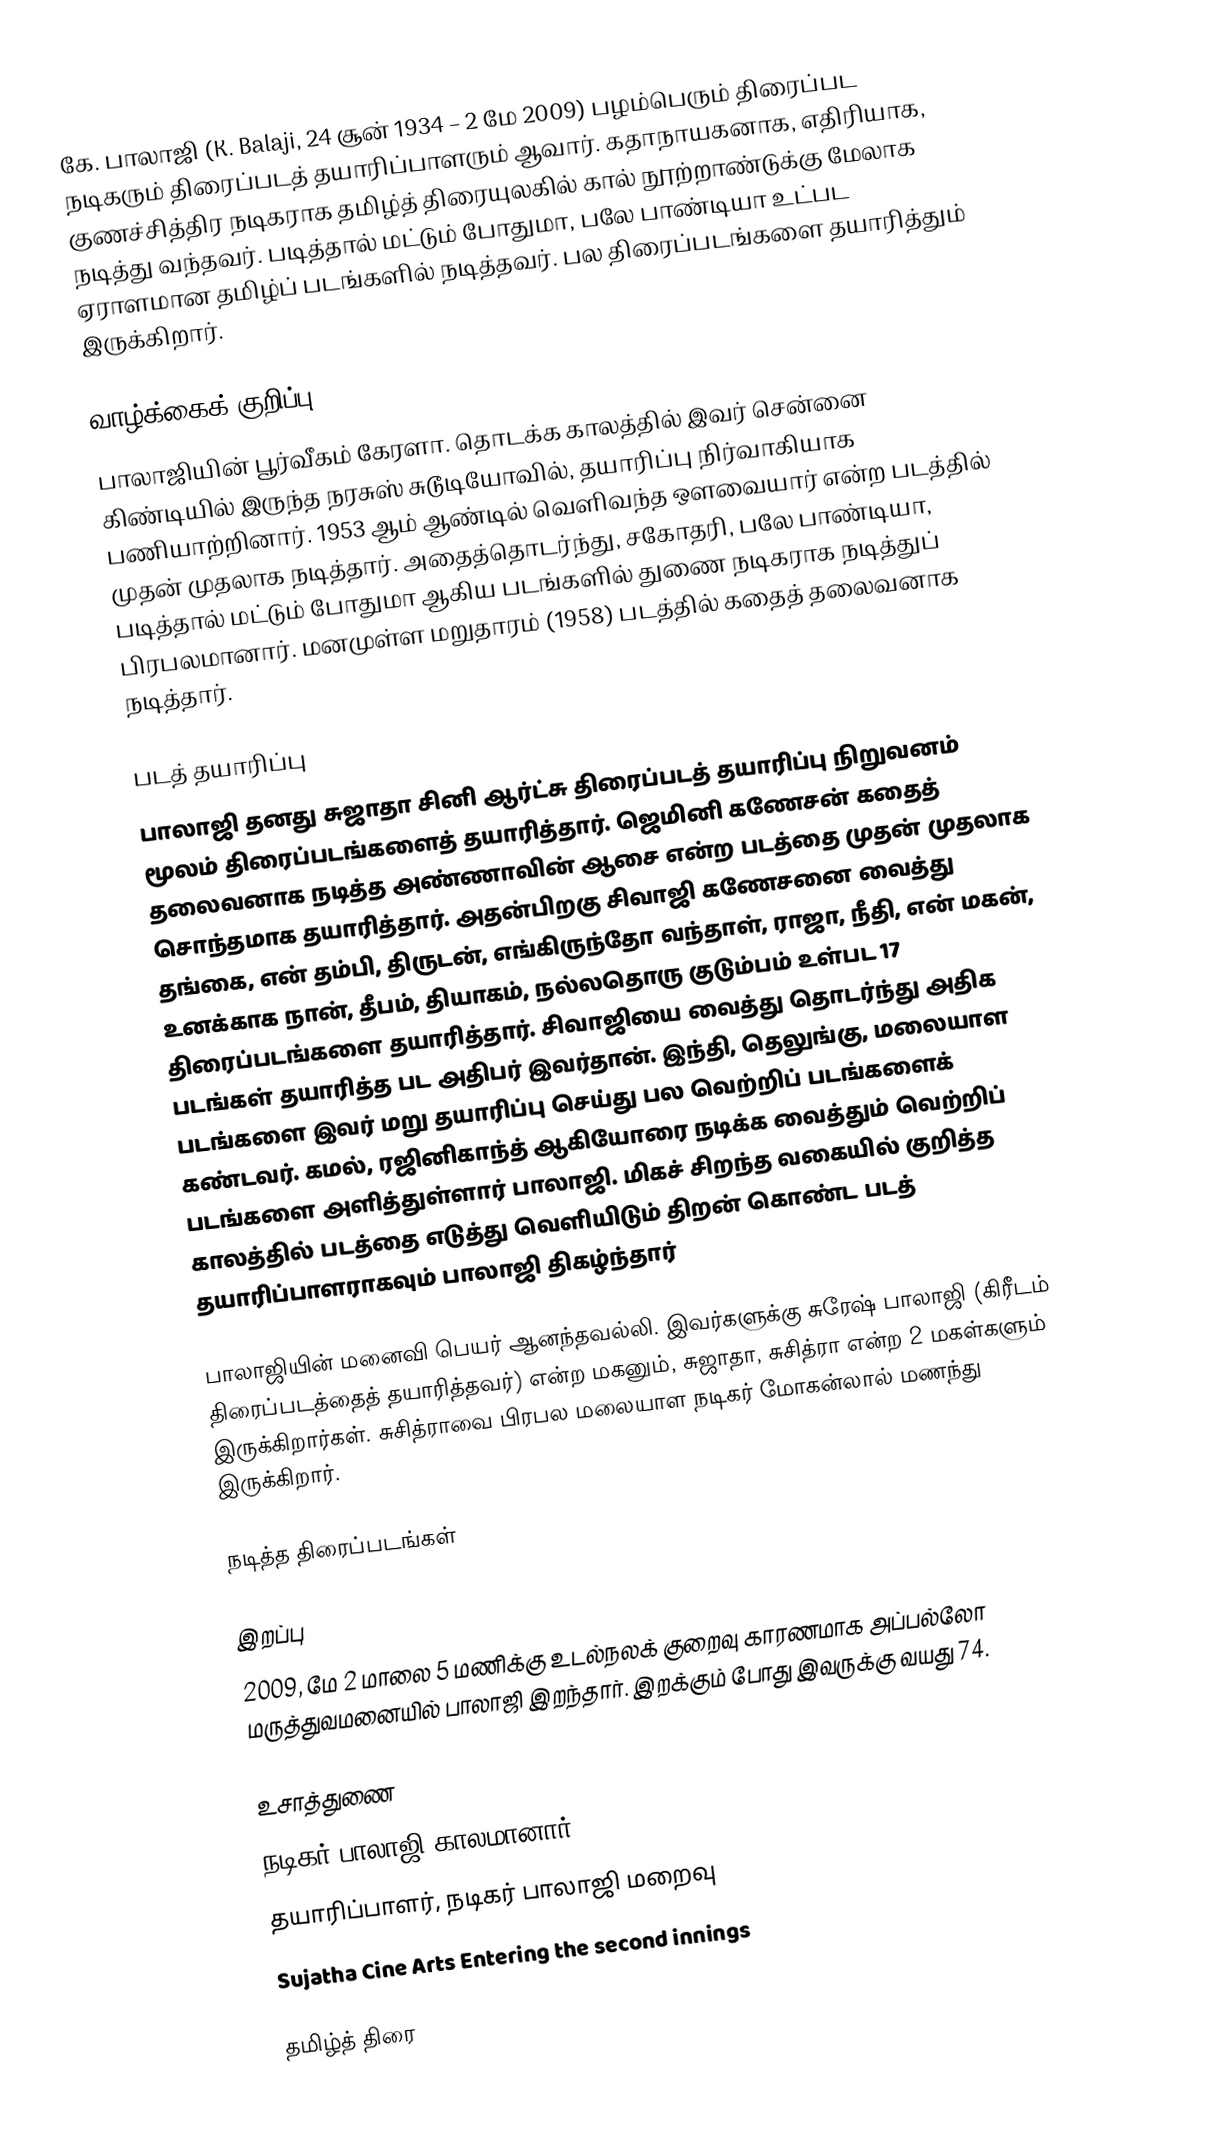
கே. பாலாஜி (K. Balaji, 24 சூன் 1934 – 2 மே 2009) பழம்பெரும் திரைப்பட நடிகரும் திரைப்படத் தயாரிப்பாளரும் ஆவார். கதாநாயகனாக, எதிரியாக, குணச்சித்திர நடிகராக தமிழ்த் திரையுலகில் கால் நூற்றாண்டுக்கு மேலாக நடித்து வந்தவர். படித்தால் மட்டும் போதுமா, பலே பாண்டியா உட்பட ஏராளமான தமிழ்ப் படங்களில் நடித்தவர். பல திரைப்படங்களை தயாரித்தும் இருக்கிறார்.

வாழ்க்கைக் குறிப்பு
பாலாஜியின் பூர்வீகம் கேரளா. தொடக்க காலத்தில் இவர் சென்னை கிண்டியில் இருந்த நரசுஸ் சுடூடியோவில், தயாரிப்பு நிர்வாகியாக பணியாற்றினார். 1953 ஆம் ஆண்டில் வெளிவந்த ஔவையார் என்ற படத்தில் முதன் முதலாக நடித்தார். அதைத்தொடர்ந்து, சகோதரி, பலே பாண்டியா, படித்தால் மட்டும் போதுமா ஆகிய படங்களில் துணை நடிகராக நடித்துப் பிரபலமானார். மனமுள்ள மறுதாரம் (1958) படத்தில் கதைத் தலைவனாக நடித்தார்.

படத் தயாரிப்பு
பாலாஜி தனது சுஜாதா சினி ஆர்ட்சு திரைப்படத் தயாரிப்பு நிறுவனம் மூலம் திரைப்படங்களைத் தயாரித்தார். ஜெமினி கணேசன் கதைத் தலைவனாக நடித்த அண்ணாவின் ஆசை என்ற படத்தை முதன் முதலாக சொந்தமாக தயாரித்தார். அதன்பிறகு சிவாஜி கணேசனை வைத்து தங்கை, என் தம்பி, திருடன், எங்கிருந்தோ வந்தாள், ராஜா, நீதி, என் மகன், உனக்காக நான், தீபம், தியாகம், நல்லதொரு குடும்பம் உள்பட 17 திரைப்படங்களை தயாரித்தார். சிவாஜியை வைத்து தொடர்ந்து அதிக படங்கள் தயாரித்த பட அதிபர் இவர்தான். இந்தி, தெலுங்கு, மலையாள படங்களை இவர் மறு தயாரிப்பு செய்து பல வெற்றிப் படங்களைக் கண்டவர். கமல், ரஜினிகாந்த் ஆகியோரை நடிக்க வைத்தும் வெற்றிப் படங்களை அளித்துள்ளார் பாலாஜி. மிகச் சிறந்த வகையில் குறித்த காலத்தில் படத்தை எடுத்து வெளியிடும் திறன் கொண்ட படத் தயாரிப்பாளராகவும் பாலாஜி திகழ்ந்தார்

பாலாஜியின் மனைவி பெயர் ஆனந்தவல்லி. இவர்களுக்கு சுரேஷ் பாலாஜி (கிரீடம் திரைப்படத்தைத் தயாரித்தவர்) என்ற மகனும், சுஜாதா, சுசித்ரா என்ற 2 மகள்களும் இருக்கிறார்கள். சுசித்ராவை பிரபல மலையாள நடிகர் மோகன்லால் மணந்து இருக்கிறார்.

நடித்த திரைப்படங்கள்

இறப்பு
2009, மே 2 மாலை 5 மணிக்கு உடல்நலக் குறைவு காரணமாக அப்பல்லோ மருத்துவமனையில் பாலாஜி இறந்தார். இறக்கும் போது இவருக்கு வயது 74.

உசாத்துணை
 நடிகர் பாலாஜி காலமானார்
தயாரிப்பாளர், நடிகர் பாலாஜி மறைவு
 Sujatha Cine Arts Entering the second innings

தமிழ்த் திரை